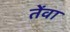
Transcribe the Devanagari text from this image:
तेंवा